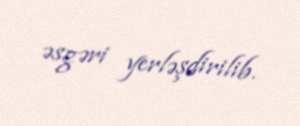
əsgəri yerləşdirilib.